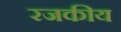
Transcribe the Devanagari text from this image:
रजकीय